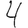
Digit: 4